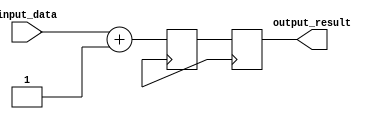
module generate_task (
    input wire [7:0] input_data,
    output reg [7:0] output_result
);

reg [7:0] internal_register;

always @ (posedge clk) begin
    // Perform specific operations or calculations
    internal_register <= input_data + 1;

    // Any other operations as needed

    // Assign result to output
    output_result <= internal_register;
end

endmodule